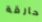
حارقة